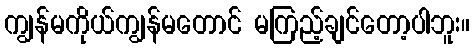
ကျွန်မကိုယ်ကျွန်မတောင် မကြည့်ချင်တော့ပါဘူး။